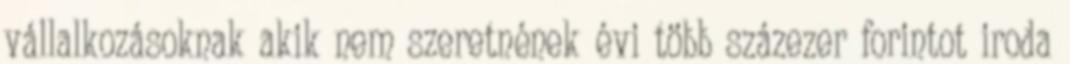
vállalkozásoknak akik nem szeretnének évi több százezer forintot iroda